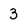
Character: 3